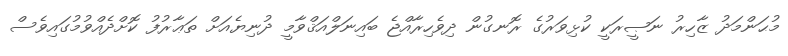
މުޙަންމަދު ޒާހިރު ނަޞީރަކީ ކުޅިވަރުގެ ރޮނގުން ދިވެހިރާއްޖެ ބައިނަލްއަޤްވާމީ ދުނިޔެއަށް ތަޢާރުފު ކޮށްދެއްވުމުގައިވެސް